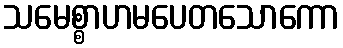
သမေစ္စာဟမပေတသောကော